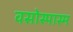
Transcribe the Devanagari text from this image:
वसोस्पास्म